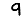
Digit: 9